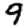
Digit: 9